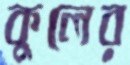
কুলের